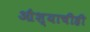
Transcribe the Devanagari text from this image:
औश्याचीही